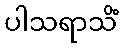
ပါသရာသိံ